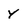
Character: Y